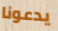
يدعونا